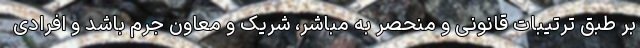
بر طبق ترتیبات قانونی و منحصر به مباشر، شریک و معاون جرم باشد و افرادی